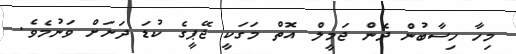
މިހާ ހިސާބުން ދެން ޖަމީލް އޮތް މަގަކީ ޖޭޕީގެ ކުޑަ ދަށަށް ވަނުމެވެ.